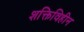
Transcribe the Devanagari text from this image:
शक्तिविहीन